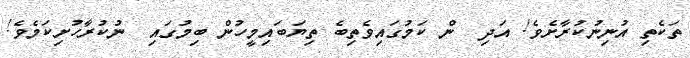
ތަކެތި އުނިނުކުރާށެވެ! އަދި  ން ކަމުގައިވެތިބެ ތިޔަބައިމީހުން ބިމުގައި  ނުކުރާހުށިކަމެވެ!